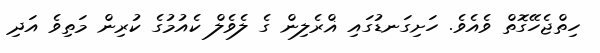
ހިތްޖެހޭގޮތް ވެއެވެ. ހަށިގަނޑުގައި ޣްރެލިން ގެ ލެވެލް ކެއުމުގެ ކުރިން މަތިވެ އަދި